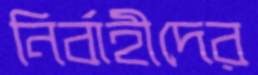
নির্বাহীদের